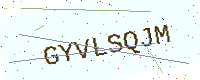
Text: GYVLSQJM